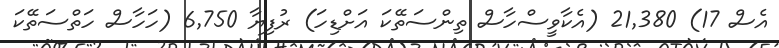
އެސް 17) 21